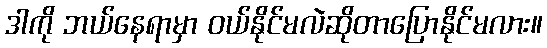
ဒါကို ဘယ်နေရာမှာ ဝယ်နိုင်မလဲဆိုတာပြောနိုင်မလား။